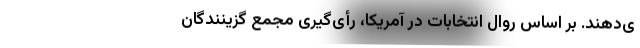
ی‌دهند. بر اساس روال انتخابات در آمریکا، رأی‌گیری مجمع گزینندگان